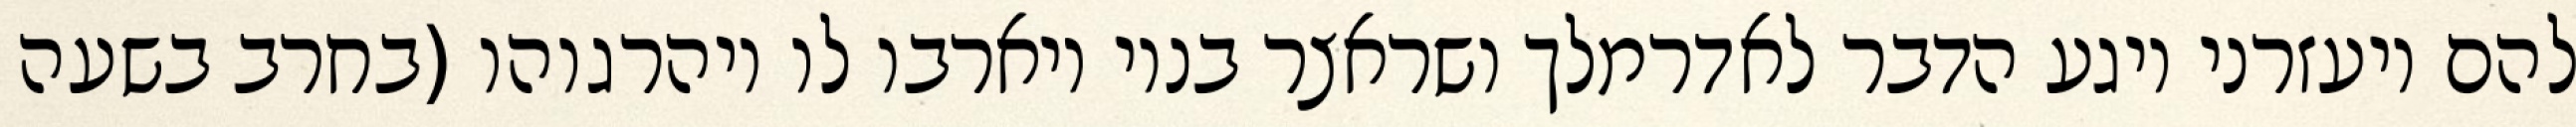
להם ויעזרני ויגע הדבר לאדרמלך ושראצר בניו ויארבו לו ויהרגוהו (בחרב בשעה